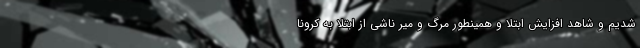
شدیم و شاهد افزایش ابتلا و همینطور مرگ و میر ناشی از ابتلا به کرونا